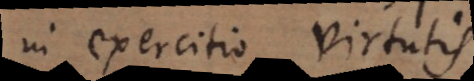
in exercitio virtutis.:)